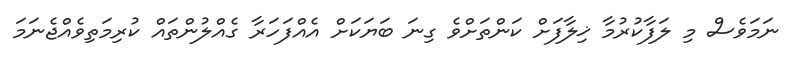
ނަމަވެސް މި ލަފާކުރުމާ ޚިލާފަށް ކަންތަށްވެ ގިނަ ބަޔަކަށް އެއްފަހަރާ ގެއްލުންތައް ކުރިމަތިވެއްޖެނަމަ